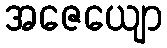
အဇေယျော